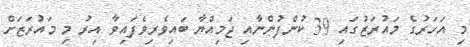
މި އަހަރުގެ މައުރަޒުގައި 39 ކުންފުންނާއި ޖަމިއްޔާ ބައިވެރިވެފައިވާ އިރު މި މައުރަޒަށް